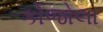
કોજોલા